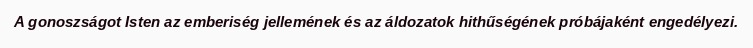
A gonoszságot Isten az emberiség jellemének és az áldozatok hithűségének próbájaként engedélyezi.